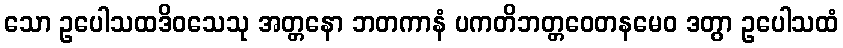
သော ဥပေါသထဒိဝသေသု အတ္တနော ဘတကာနံ ပကတိဘတ္တဝေတနမေဝ ဒတွာ ဥပေါသထံ